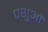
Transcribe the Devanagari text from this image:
पशुऔं